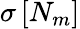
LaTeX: \sigma\left[N_{m}\right]